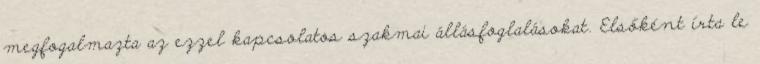
megfogalmazta az ezzel kapcsolatos szakmai állásfoglalásokat. Elsőként írta le